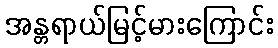
အန္တရာယ်မြင့်မားကြောင်း